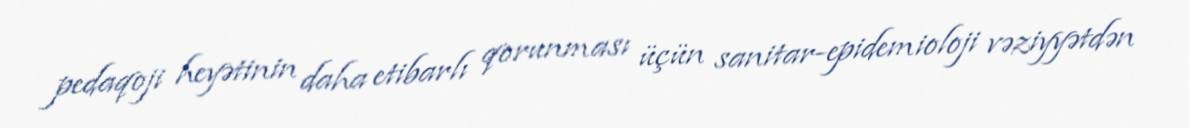
pedaqoji heyətinin daha etibarlı qorunması üçün sanitar-epidemioloji vəziyyətdən